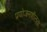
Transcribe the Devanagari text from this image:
प्रयोजनशीलता